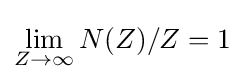
\lim _{Z\to \infty }N(Z)/Z=1